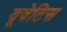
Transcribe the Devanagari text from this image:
यूवेटिस